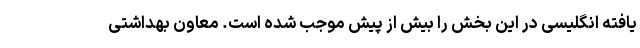
یافته انگلیسی در این بخش را بیش از پیش موجب شده است. معاون بهداشتی